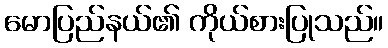
မောပြည်နယ်၏ ကိုယ်စားပြုသည်။